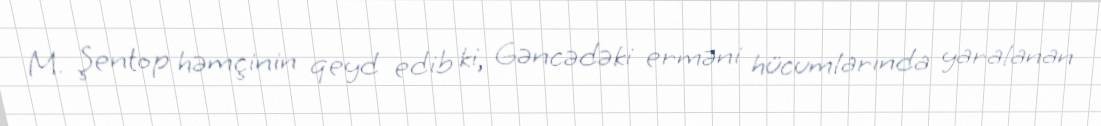
M. Şentop həmçinin qeyd edib ki, Gəncədəki erməni hücumlarında yaralanan